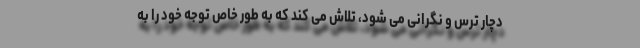
دچار ترس و نگرانی می شود، تلاش می کند که به طور خاص توجه خود را به